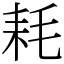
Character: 耗